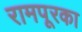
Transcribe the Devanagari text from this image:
रामपूरका